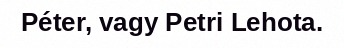
Péter, vagy Petri Lehota.